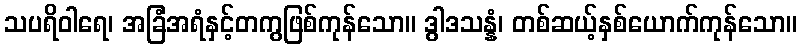
သပရိဝါရေ၊ အခြံအရံနှင့်တကွဖြစ်ကုန်သော။ ဒွါဒသန္နံ၊ တစ်ဆယ့်နှစ်ယောက်ကုန်သော။